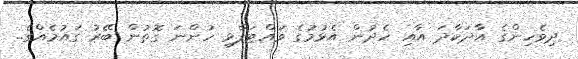
ދިވެހިންގެ އާދަކާދަ އާއި ހެދުން އެޅުމުގެ ވައްޓަފާޅި ހުންނަ ގޮތުން ބޭރު ގައުމެއްގެ..